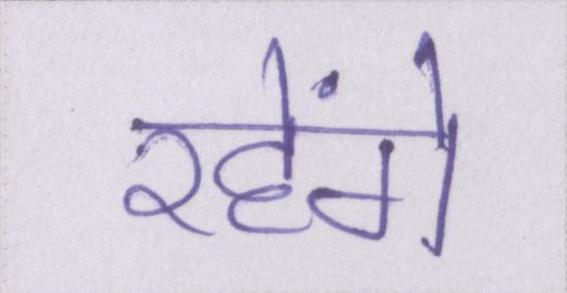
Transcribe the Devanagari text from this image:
रहेंगे